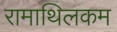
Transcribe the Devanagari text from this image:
रामाथिलकम